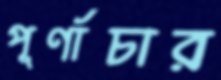
পূর্ণাচার